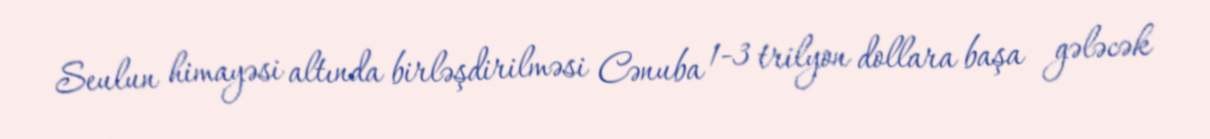
Seulun himayəsi altında birləşdirilməsi Cənuba 1-3 trilyon dollara başa gələcək